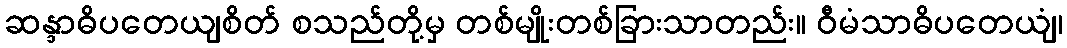
ဆန္ဒာဓိပတေယျစိတ် စသည်တို့မှ တစ်မျိုးတစ်ခြားသာတည်း။ ဝီမံသာဓိပတေယျံ၊